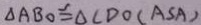
\Delta A B O \cong \Delta C D O ( A S A )